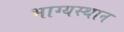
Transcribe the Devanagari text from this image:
भाग्यस्थान